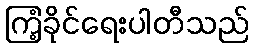
ကြံ့ခိုင်ရေးပါတီသည်